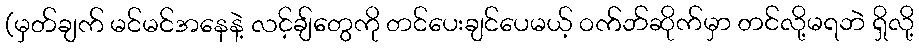
(မှတ်ချက် မင်မင်အနေနဲ့ လင့်ချ်တွေကို တင်ပေးချင်ပေမယ့် ဝက်ဘ်ဆိုက်မှာ တင်လို့မရဘဲ ရှိလို့